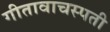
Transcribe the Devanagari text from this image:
गीतावाचस्पती